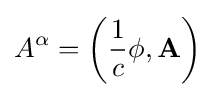
A^{\alpha }=\left({\frac {1}{c}}\phi ,\mathbf {A} \right)\,\!